Lunatic asylums Punjab 1881-1894 - 1881-1894
Year: 1881
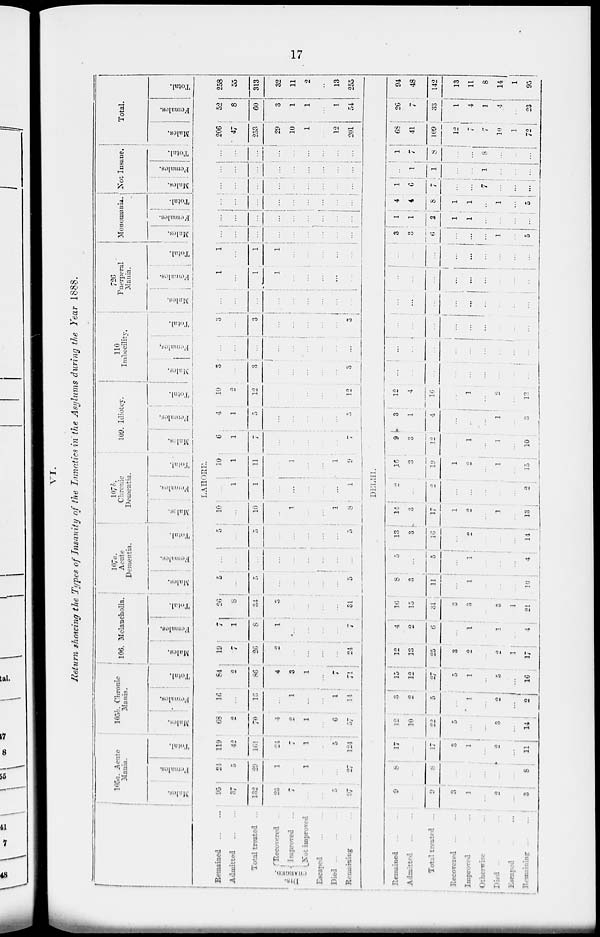
17
VI.
Return showing the Types of Insanity of the Lunatics in the Asylums during the Year 1888.
105a. Acute
Mania.
Males.
Females.
Total.
105b. Chronic
Mania.
Males.
Females.
Total.
106. Melancholia.
Males.
Females.
Total.
107a.
Acute
Dementia.
Males.
Females.
Tolal.
107b.
Chronic
Dementia.
Males.
Females.
Total.
109. Idiotcy.
Males.
Females.
Total.
110
Imbecility.
Males.
Females.
Total.
726
Puerperal
Mania.
Males.
Females.
Total.
Monomania.
Males.
Females.
Total.
Not Insane.
Males.
Females.
Total.
Total.
Males.
Females.
Total.
LAHORE.
Remained
...
...
Admitted
...
...
Total treated ...
DIS-
CHARGED Recovered ...
Improved ...
Not improved
Escaped
...
...
Died
...
...
...
Remaining
...
...
95
37
132
23
7
...
...
5
97
24
5
29
1
...
1
...
...
27
119
42
161
24
7
1
...
5
124
68
2
70
4
2
1
...
6
57
16
...
16
...
1
...
...
1
14
84
2
85
4
3
1
...
...
...
19
7
26
2
...
...
...
...
24
7
1
8
1
...
...
...
...
7
26
8
34
3
...
...
...
...
31
5
...
5
...
...
...
...
...
5
...
...
...
...
...
...
...
...
...
5
...
5
...
...
...
...
...
5
10
...
10
..
1
...
...
1
8
...
1
1
...
...
...
...
...
1
10
1
11
...
1
...
...
1
9
6
1
7
...
...
...
...
...
7
4
1
5
...
...
...
...
...
5
10
2
12
...
...
...
...
...
12
3
...
3
...
...
...
...
...
3
...
...
...
...
...
...
...
...
...
...
...
3
...
...
...
...
...
3
...
...
...
...
...
...
...
...
...
1
...
1
1
...
...
...
...
...
...
...
1
1
...
...
...
...
...
...
...
...
...
...
...
...
...
...
...
...
...
...
...
...
...
...
...
...
...
...
...
...
...
...
...
...
...
...
...
...
...
...
...
...
...
...
...
...
...
...
...
...
...
...
...
...
...
...
...
...
...
...
...
206
47
253
29
10
1
...
12
201
52
8
60
3
1
1
...
1
54
258
55
313
32
11
2
...
13
255
DELHI.
Remained
...
...
Admitted
...
...
Total treated ...
Recovered
...
...
Improved ... ...
Otherwise ... ...
Died
...
...
...
Escaped ... ...
Remaining
...
...
9
...
9
3
1
...
2
...
3
8
...
8
...
...
...
...
...
8
17
...
17
3
1
...
2
...
11
12
10
22
5
...
...
3
...
14
3
2
5
...
...
...
2
...
2
15
12
27
5
1
...
5
...
16
12
13
25
3
2
...
2
1
17
4
2
6
...
1
...
1
...
4
16
15
31
3
3
...
3
1
21
8
3
11
...
1
...
...
...
10
5
...
5
...
1
...
...
...
4
13
3
16
...
2
...
...
...
14
14
3
17
1
2
...
1
...
13
2
...
2
...
...
...
...
2
16
3
19
1
2
...
1
...
15
9
9
12
...
1
...
1
...
10
3
1
4
...
...
...
1
...
3
12
4
16
...
1
...
2
...
13
...
...
...
...
...
...
...
...
...
...
...
...
...
...
...
...
...
...
...
...
...
...
...
...
...
...
...
...
...
...
...
...
...
...
...
...
...
...
...
...
...
...
...
...
...
...
...
...
...
...
...
...
3
3
6
...
...
...
1
...
5
1
1
2
1
1
...
...
...
...
4
4
8
1
1
...
1
...
5
1
6
7
...
...
7
...
...
...
...
1
l
...
...
l
...
...
...
1
7
8
...
...
8
...
...
...
68
41
109
12
7
7
10
1
72
26
7
33
1
4
1
4
...
23
94
48
142
13
11
8
14
1
95